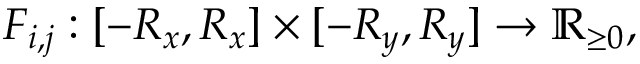
F _ { i , j } : [ - R _ { x } , R _ { x } ] \times [ - R _ { y } , R _ { y } ] \rightarrow \mathbb { R } _ { \ge 0 } ,